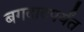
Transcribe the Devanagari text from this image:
बगदादपर्यंत